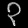
Digit: ၃